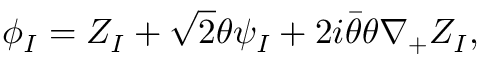
\phi _ { I } = Z _ { I } + { \sqrt 2 } \theta \psi _ { I } + 2 i \bar { \theta } \theta \nabla _ { + } Z _ { I } ,